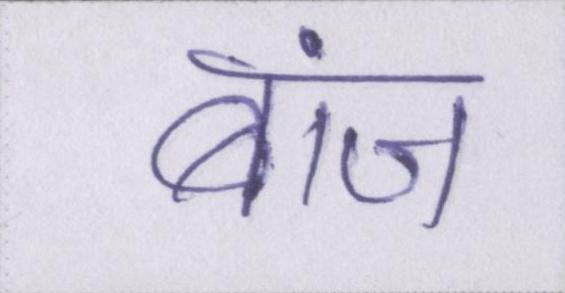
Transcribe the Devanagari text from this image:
बांज